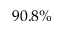
9 0 . 8 \%